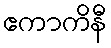
ဧကာကိနီ